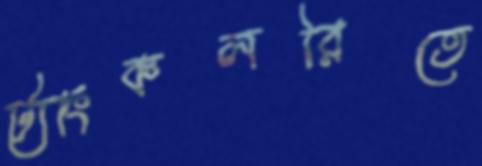
ট্যাংকলরিতে